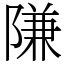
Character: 隒